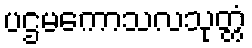
ပဌမကောသလသုတ္တံ